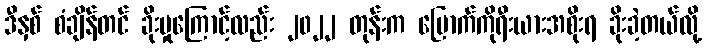
ဒီနှစ် စံချိန်တင် ခိုးမှုကြောင့်လည်း ၂၀၂၂ တုန်းက မြောက်ကိုရီးယားအစိုးရ ခိုးခဲ့တယ်လို့